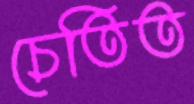
চেতিত